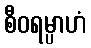
စီဝရမ္ပာဟံ